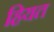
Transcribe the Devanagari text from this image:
हियत